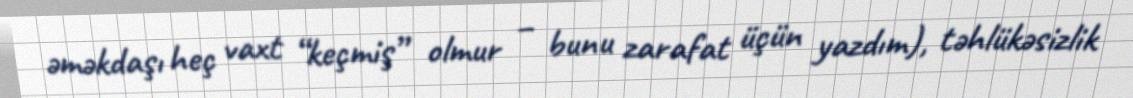
əməkdaşı heç vaxt “keçmiş” olmur – bunu zarafat üçün yazdım), təhlükəsizlik